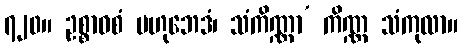
၇၂၀။ ဥစ္စာဝစံ ဗဟုဘေဒံ၊ သံကိဏ္ဏာ’ ကိဏ္ဏ သံကုလာ။